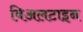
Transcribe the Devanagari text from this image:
बिअलटाइन